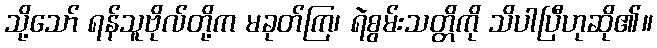
သို့သော် ရန်သူဗိုလ်တို့က မခုတ်ကြ၊ ရဲစွမ်းသတ္တိကို သိပါပြီဟုဆို၏။